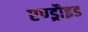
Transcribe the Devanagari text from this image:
एण्ड्रौइड